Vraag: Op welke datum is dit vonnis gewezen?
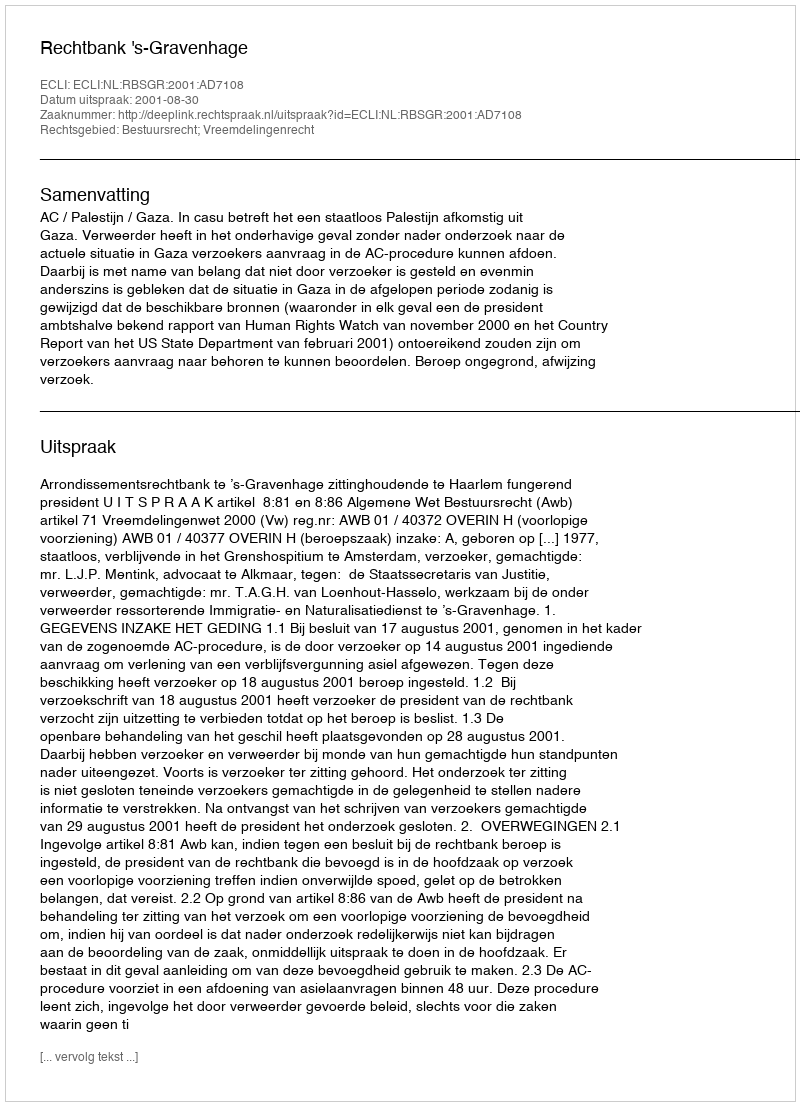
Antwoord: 2001-08-30